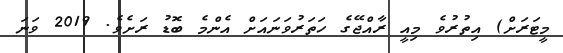
މީޓަރަށް) އިތުރުވެ މިއީ ރާއްޖޭގެ ހަތަރުވަނައަށް އެންމެ ބޮޑު ރަށެވެ. 2019 ވަނަ